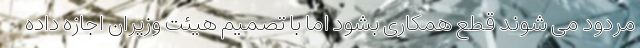
مردود می شوند قطع همکاری بشود اما با تصمیم هیئت وزیران اجازه داده